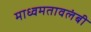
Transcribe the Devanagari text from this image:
माध्वमतावलंबी